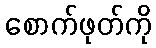
စောက်ဖုတ်ကို